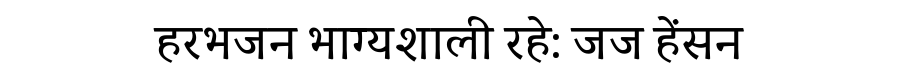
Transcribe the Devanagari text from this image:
हरभजन भाग्यशाली रहे: जज हेंसन